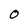
Character: 0